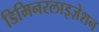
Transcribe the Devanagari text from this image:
डिमिनरलाइज़ेशन